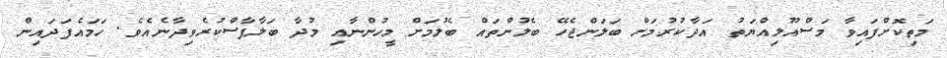
މަތިކޮށްފައިވާ މަސްއޫލިއްޔަތު އަދާކުރުމަށް ބަލަންޖެހޭ ބެލުންތައް ބެލުމަށް މީހުންނާއި މުދާ ބަލާފާސްކުރެވިދާނެއެވެ. ހަމައެފަދައިން